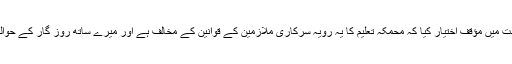
غیر ملکی میڈیا کا کہنا تھا کہ مسلم خاتون نے عدالت میں مؤقف اختیار کیا کہ محمکہ تعلیم کا یہ رویہ سرکاری ملازمین کے قوانین کے مخالف ہے اور میرے ساتھ روز گار کے حوالے سے ہونے والے معاہدے کی خلاف ورزی ہے۔